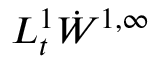
L _ { t } ^ { 1 } \dot { W } ^ { 1 , \infty }